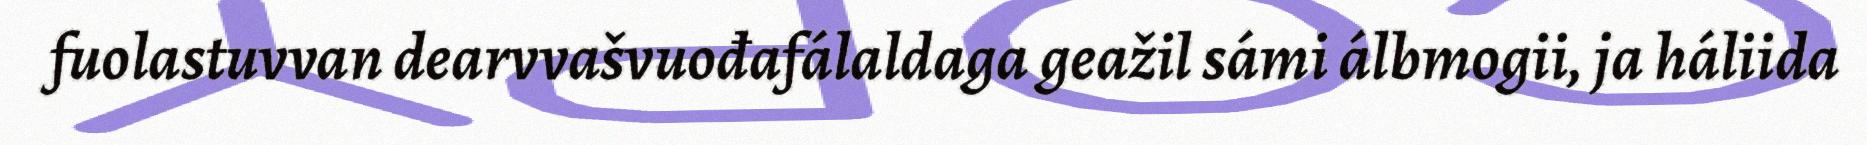
fuolastuvvan dearvvašvuođafálaldaga geažil sámi álbmogii, ja háliida